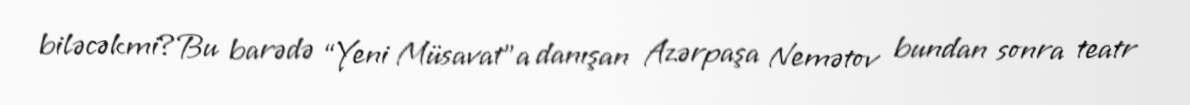
biləcəkmi?Bu barədə “Yeni Müsavat”a danışan Azərpaşa Nemətov bundan sonra teatr